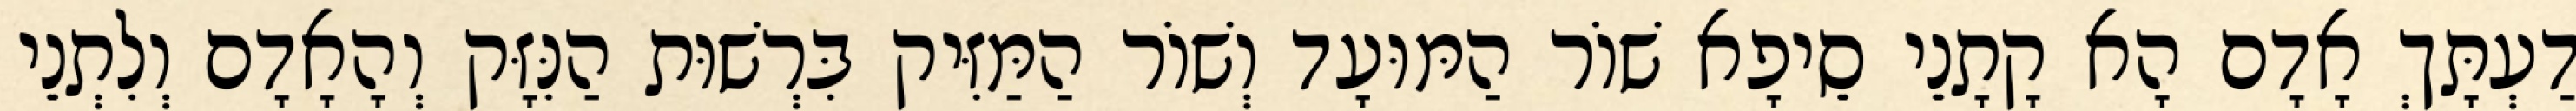
דַעְתָּךְ אָדָם הָא קָתָנֵי סֵיפָא שׁוֹר הַמּוּעָד וְשׁוֹר הַמַּזִּיק בִּרְשׁוּת הַנִּזָּק וְהָאָדָם וְלִתְנֵי